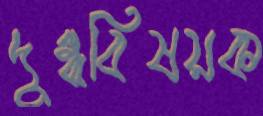
দুগ্ধবিষয়ক